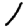
Digit: 1